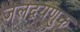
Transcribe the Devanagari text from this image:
जलद्वयणुक